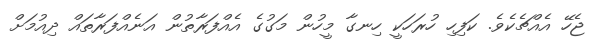
ޖެހޭ އެއްޗެކެވެ. ކަފިހި ހުރަހަކީ ހިނގާ މީހުން މަގުގެ އެއްފަރާތުން އަނެއްފަރާތައް ދިއުމަށް